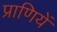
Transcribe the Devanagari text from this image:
प्राणियें